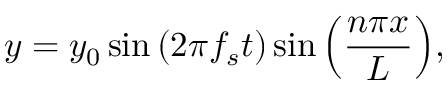
y = y _ { 0 } \sin { ( 2 \pi f _ { s } t ) } \sin { \Bigl ( \frac { n \pi x } { L } \Bigr ) } ,